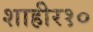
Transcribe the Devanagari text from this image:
शाहीर१०